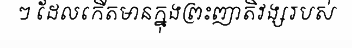
ៗ ដែលកើតមានក្នុងព្រះញាតិវង្សរបស់